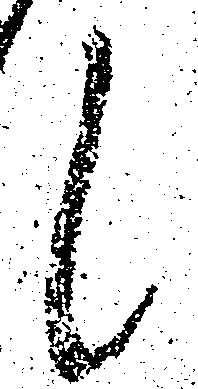
候